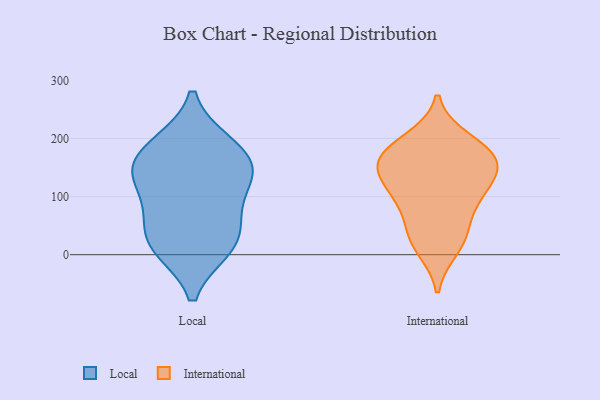
{"axis": {"x": "Production Output", "y": "Value"}, "legend": ["International", "Local"], "data": [{"x": "", "y": 191, "type": "Local"}, {"x": "", "y": 154, "type": "Local"}, {"x": "", "y": 11, "type": "Local"}, {"x": "", "y": 12, "type": "Local"}, {"x": "", "y": 70, "type": "Local"}, {"x": "", "y": 140, "type": "Local"}, {"x": "", "y": 23, "type": "Local"}, {"x": "", "y": 134, "type": "Local"}, {"x": "", "y": 71, "type": "Local"}, {"x": "", "y": 190, "type": "Local"}, {"x": "", "y": 138, "type": "Local"}, {"x": "", "y": 151, "type": "International"}, {"x": "", "y": 197, "type": "International"}, {"x": "", "y": 41, "type": "International"}, {"x": "", "y": 31, "type": "International"}, {"x": "", "y": 142, "type": "International"}, {"x": "", "y": 107, "type": "International"}, {"x": "", "y": 183, "type": "International"}, {"x": "", "y": 168, "type": "International"}, {"x": "", "y": 95, "type": "International"}, {"x": "", "y": 148, "type": "International"}, {"x": "", "y": 99, "type": "International"}, {"x": "", "y": 12, "type": "International"}, {"x": "", "y": 170, "type": "International"}]}